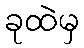
ခုထဲမှ